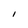
Character: I